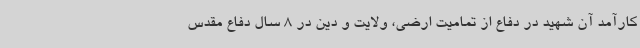
کارآمد آن شهید در دفاع از تمامیت ارضی، ولایت و دین در 8 سال دفاع مقدس